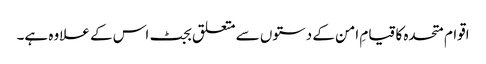
اقوام متحدہ کا قیامِ امن کے دستوں سے متعلق بجٹ اس کے علاوہ ہے۔